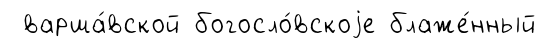
варша́вской богосло́вскоjе блаже́нный